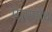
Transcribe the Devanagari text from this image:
मार्गरोध